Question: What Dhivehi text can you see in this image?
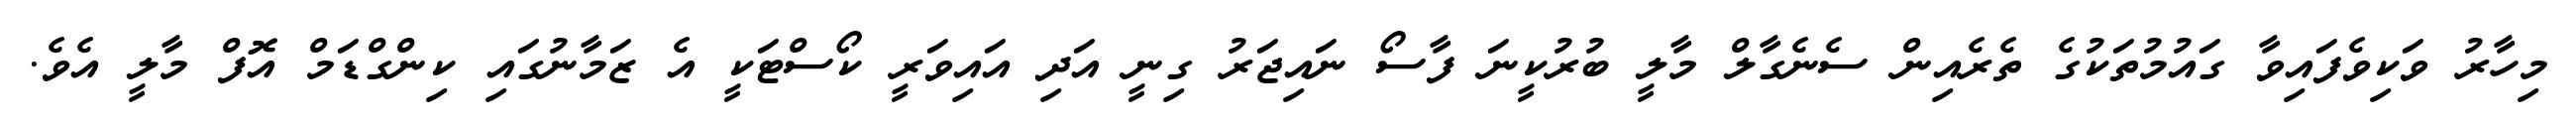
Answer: މިހާރު ވަކިވެފައިވާ ގައުމުތަކުގެ ތެރެއިން ސެނެގާލް މާލީ ބުރުކީނަ ފާސޯ ނައިޖަރު ގިނީ އަދި އައިވަރީ ކޯސްޓަކީ އެ ޒަމާނުގައި ކިންގްޑަމް އޮފް މާލީ އެވެ.